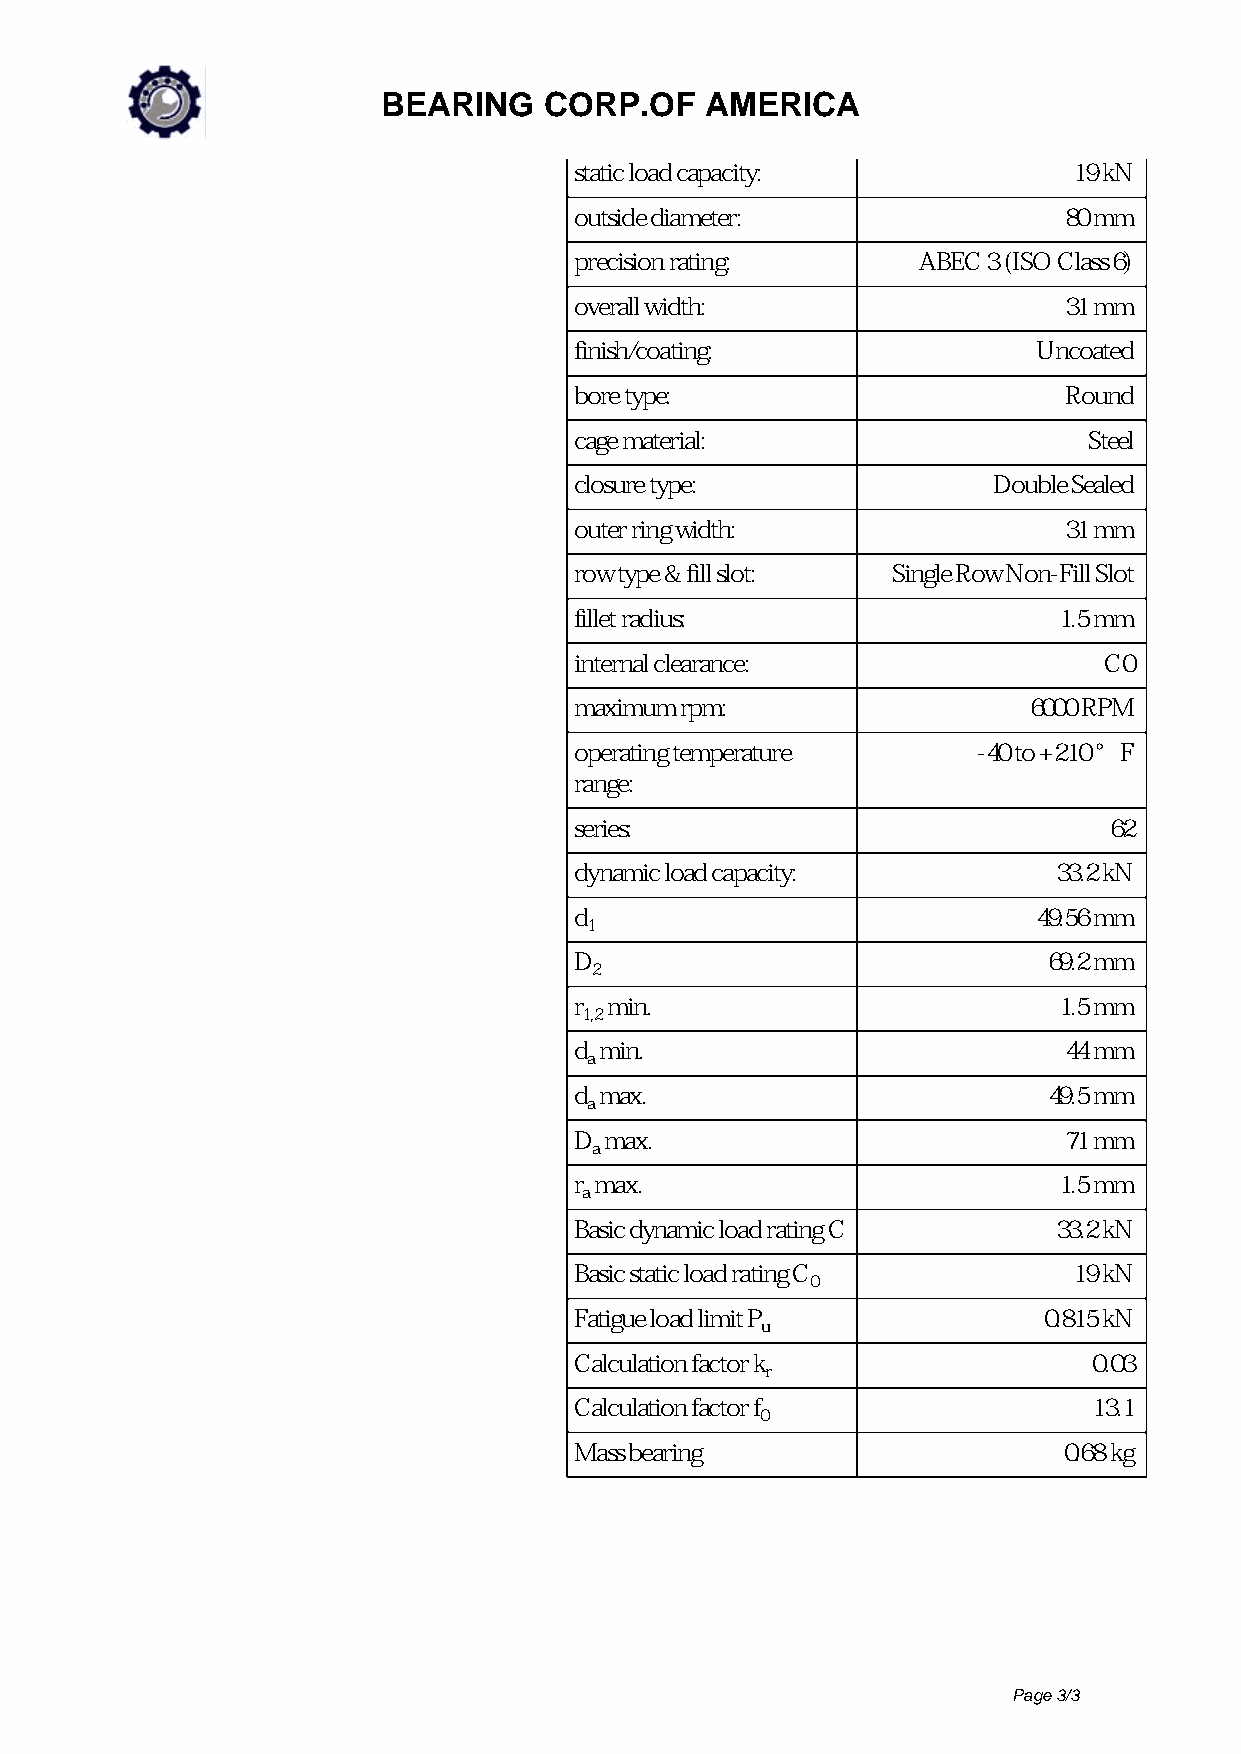
BEARING    CORP.OF    AMERICA
 static load capacity:            19 kN
 outside diameter:               80 mm
 precision rating:      ABEC 3 (ISO Class 6)
 overall width:                  31 mm
 finish/coating:                Uncoated
 bore type:                      Round
 cage material:                    Steel
 closure type:               Double Sealed
 outer ring width:               31 mm
 row type & fill slot: Single Row Non-Fill Slot
 fillet radius:                  1.5 mm
 internal clearance:                C0
 maximum rpm:                  6000 RPM
 operating temperature      -40 to +210 °F
 range:
 series:                            62
 dynamic load capacity:          33.2 kN
 d ≈                            49.56 mm
 1
 D ≈                            69.2 mm
 2
 r min.                          1.5 mm
 1,2
 d min.                          44 mm
 a
 d max.                         49.5 mm
 a
 D max.                          71 mm
 a
 r max.                          1.5 mm
 a
 Basic dynamic load rating C     33.2 kN
 Basic static load rating C       19 kN
 0
 Fatigue load limit P           0.815 kN
 u
 Calculation factor k              0.03
 r
 Calculation factor f              13.1
 0
 Mass bearing                    0.68 kg
 Page 3/3
 Powered by TCPDF (www.tcpdf.org)